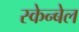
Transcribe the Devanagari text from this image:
स्केन्बेल